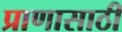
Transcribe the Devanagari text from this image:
प्राणासाठी